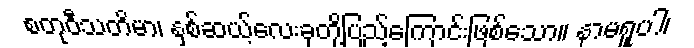
စတုဝီသတိမာ၊ နှစ်ဆယ့်လေးခုတို့ပြည့်ကြောင်းဖြစ်သော။ နာမရူပါ၊